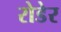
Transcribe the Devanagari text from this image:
रोडेर